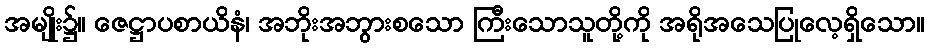
အမျိုး၌။ ဇေဋ္ဌာပစာယိနံ၊ အဘိုးအဘွားစသော ကြီးသောသူတို့ကို အရိုအသေပြုလေ့ရှိသော။